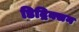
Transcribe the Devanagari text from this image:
डिद्रिक्सन